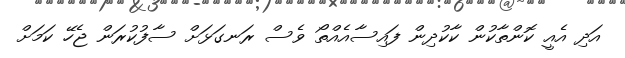
އަދި އެއީ ކޮންތާކުން ކާކުދިން ފައިސާއެއްތޯ ވެސް ރަނގަޅަށް ސާފުކުރަން ޖެހޭ ކަމަށް